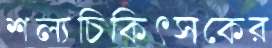
শল্যচিকিৎসকের